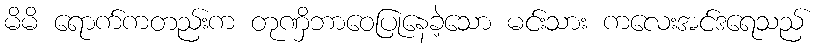
မိမိ ရောက်ကတည်းက တုဏှိဘာဝေပြုနေခဲ့သော မင်းသား ကလေးအင်ဒရေသည်